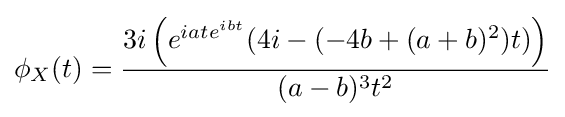
\phi _{X}(t)={3i\left(e^{iate^{ibt}}(4i-(-4b+(a+b)^{2})t)\right) \over (a-b)^{3}t^{2}}